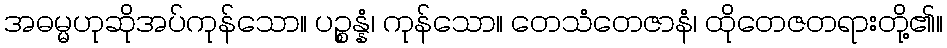
အဓမ္မဟုဆိုအပ်ကုန်သော။ ပဉ္စန္နံ၊ ကုန်သော။ တေသံတေဇာနံ၊ ထိုတေဇတရားတို့၏။